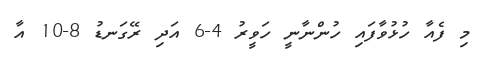
މި ފެއާ ހުޅުވާފައި ހުންނާނީ ހަވީރު 4-6 އަދި ރޭގަނޑު 8-10 އާ